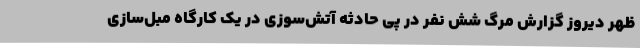
ظهر دیروز گزارش مرگ شش نفر در پی حادثه آتش‌سوزی در یک کارگاه مبل‌سازی